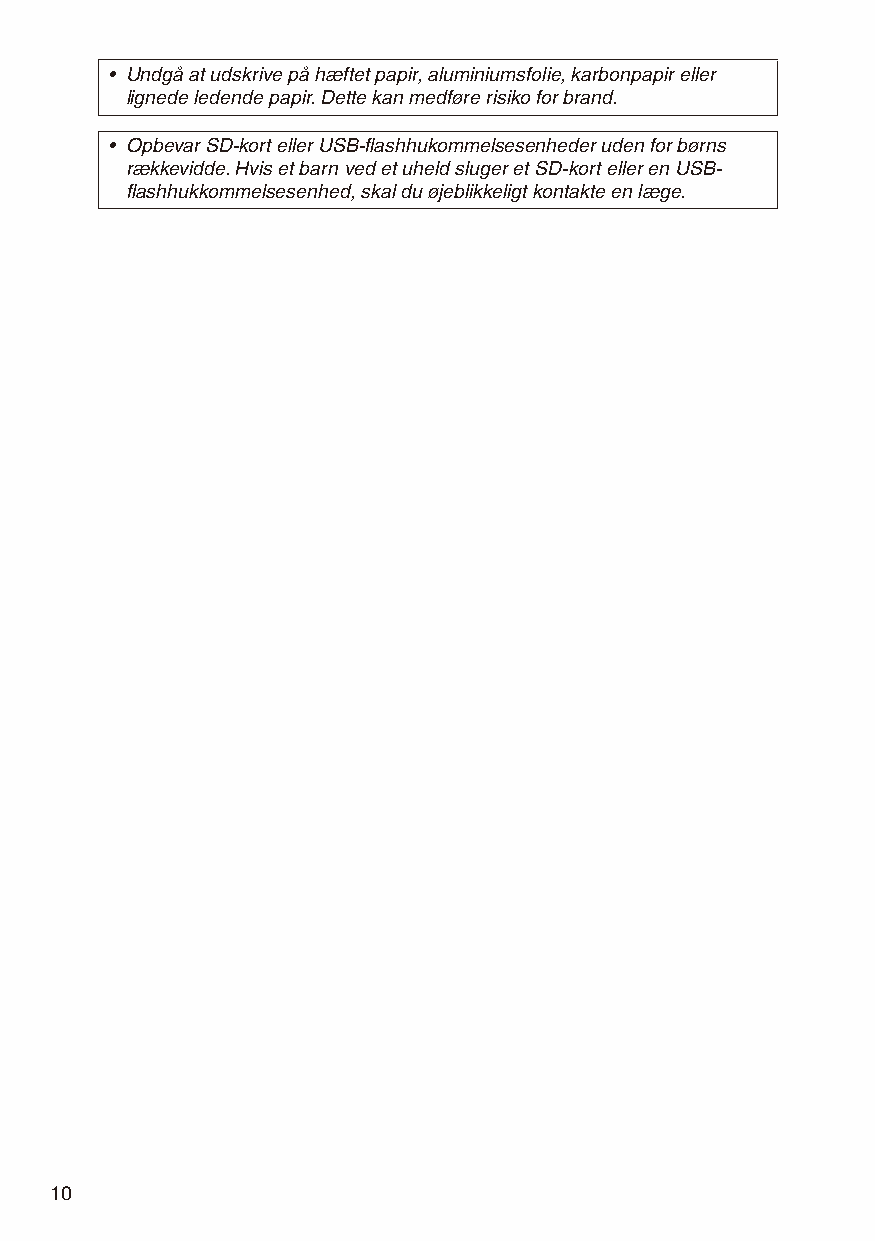
• Undgå at udskrive på hæftet papir, aluminiumsfolie, karbonpapir eller
 lignede ledende papir. Dette kan medføre risiko for brand.
 • Opbevar SD-kort eller USB-flashhukommelsesenheder uden for børns
 rækkevidde. Hvis et barn ved et uheld sluger et SD-kort eller en USB-
 flashhukkommelsesenhed, skal du øjeblikkeligt kontakte en læge.
 10